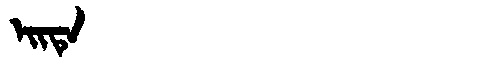
Manchu: ᡝᡳᡨᡝ
Romanization: EITE